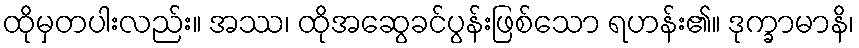
ထိုမှတပါးလည်း။ အဿ၊ ထိုအဆွေခင်ပွန်းဖြစ်သော ရဟန်း၏။ ဒုက္ခာမာနိ၊